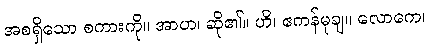
အစရှိသော စကားကို။ အာဟ၊ ဆို၏။ ဟိ၊ ဧကန်မုချ။ လောကေ၊